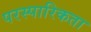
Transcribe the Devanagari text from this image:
परस्पारिकता